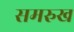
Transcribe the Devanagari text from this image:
समरुख